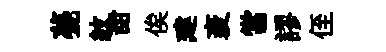
甍紋甜俟建袤當謬侄